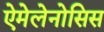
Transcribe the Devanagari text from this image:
ऐमेलेनोसिस